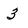
Character: 3